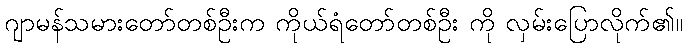
ဂျာမန်သမားတော်တစ်ဦးက ကိုယ်ရံတော်တစ်ဦး ကို လှမ်းပြောလိုက်၏။